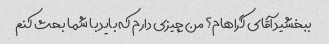
ببخشید آقای گراهام؟ من چیزی دارم که باید با شما بحث کنم